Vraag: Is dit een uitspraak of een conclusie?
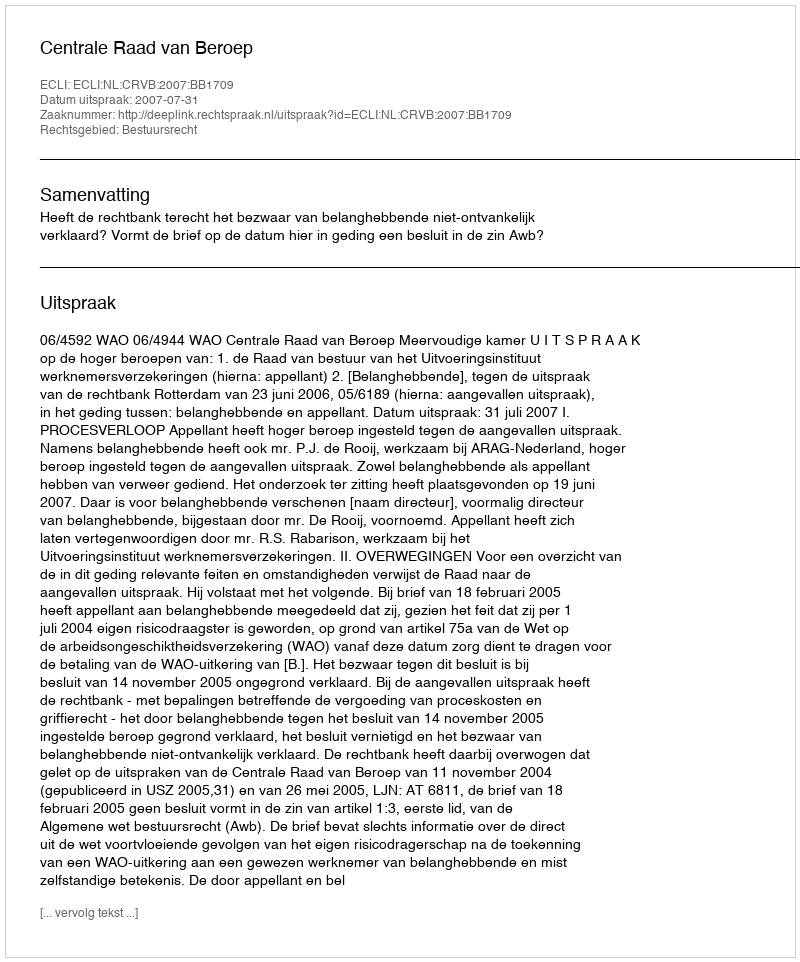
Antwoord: Uitspraak